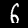
Label: 6